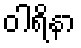
ဝါရိနာ